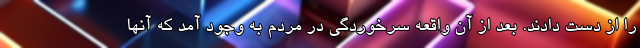
را از دست دادند. بعد از آن واقعه سرخوردگی در مردم به وجود آمد که آنها